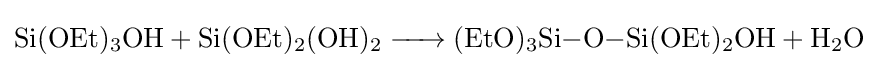
{\ce {Si(OEt)3OH + Si(OEt)2(OH)2 -> (EtO)3Si-O-Si(OEt)2OH + H2O}}